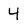
Character: 4